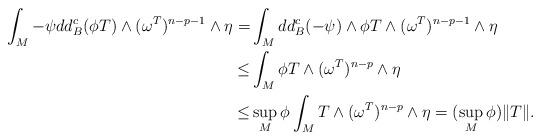
LaTeX: \begin{align*}\int_M -\psi dd^c_B(\phi T)\wedge (\omega^T)^{n-p-1}\wedge \eta=&\int_M dd^c_B(-\psi) \wedge \phi T\wedge (\omega^T)^{n-p-1}\wedge \eta\\\leq &\int_M \phi T\wedge (\omega^T)^{n-p}\wedge \eta\\\leq &\sup_M \phi \int_M T\wedge (\omega^T)^{n-p}\wedge \eta=(\sup_M\phi) \|T\|. \end{align*}